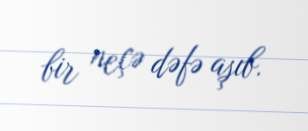
bir neçə dəfə aşıb.